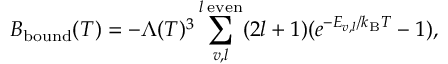
B _ { \mathrm { b o u n d } } ( T ) = - \Lambda ( T ) ^ { 3 } \sum _ { v , l } ^ { l \; \mathrm { e v e n } } ( 2 l + 1 ) ( e ^ { - E _ { v , l } / k _ { \mathrm { B } } T } - 1 ) ,